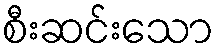
စီးဆင်းသော